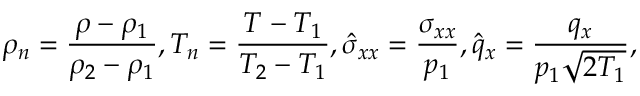
\rho _ { n } = \frac { \rho - \rho _ { 1 } } { \rho _ { 2 } - \rho _ { 1 } } , T _ { n } = \frac { T - T _ { 1 } } { T _ { 2 } - T _ { 1 } } , \hat { \sigma } _ { x x } = \frac { \sigma _ { x x } } { p _ { 1 } } , \hat { q } _ { x } = \frac { q _ { x } } { p _ { 1 } \sqrt { 2 T _ { 1 } } } ,